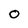
Character: O